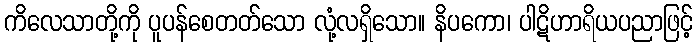
ကိလေသာတို့ကို ပူပန်စေတတ်သော လုံ့လရှိသော။ နိပကော၊ ပါဋိဟာရိယပညာဖြင့်